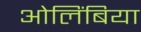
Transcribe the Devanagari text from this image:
ओलिंबिया